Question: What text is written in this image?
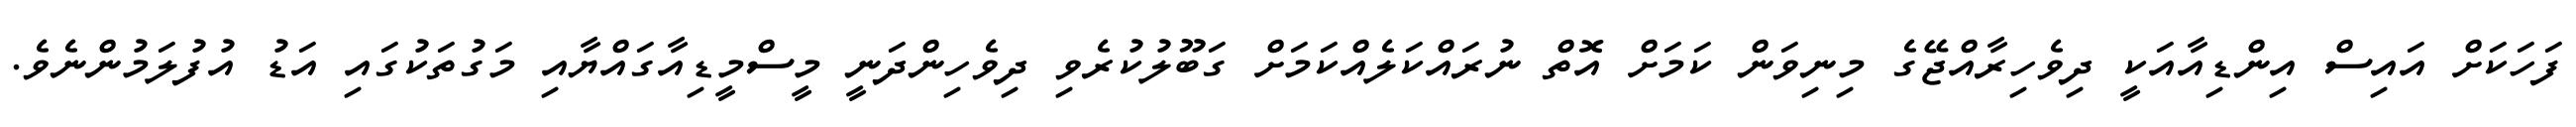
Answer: ފަހަކަށް އައިސް އިންޑިއާއަކީ ދިވެހިރާއްޖޭގެ މިނިވަން ކަމަށް އޮތް ނުރައްކަލެއްކަމަށް ގަބޫލުކުރެވި ދިވެހިންދަނީ މީސްމީޑިއާގައްޔާއި މަގުތަކުގައި އަޑު އުފުލަމުންނެވެ.